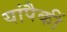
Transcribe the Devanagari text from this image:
यांपैकीं